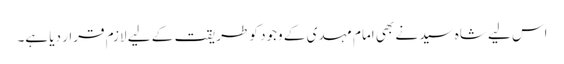
اس لیے شاہ سید نے بھی امام مہدی کے وجود کو طریقت کے لیے لازم قرار دیا ہے۔